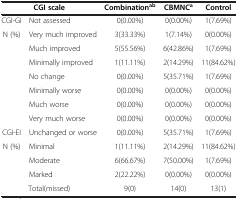
<table><thead><tr><td><b> </b></td><td><b> CGI scale</b></td><td><b>Combination<sup>ab</sup></b></td><td><b>CBMNC<sup>a</sup></b></td><td><b>Control</b></td></tr></thead><tbody><tr><td>CGI-GI</td><td>Not assessed</td><td>0(0.00%)</td><td>0(0.00%)</td><td>1(7.69%)</td></tr><tr><td rowspan="7">N (%)</td><td>Very much improved</td><td>3(33.33%)</td><td>1(7.14%)</td><td>0(0.00%)</td></tr><tr><td>Much improved</td><td>5(55.56%)</td><td>6(42.86%)</td><td>1(7.69%)</td></tr><tr><td>Minimally improved</td><td>1(11.11%)</td><td>2(14.29%)</td><td>11(84.62%)</td></tr><tr><td>No change</td><td>0(0.00%)</td><td>5(35.71%)</td><td>1(7.69%)</td></tr><tr><td>Minimally worse</td><td>0(0.00%)</td><td>0(0.00%)</td><td>0(0.00%)</td></tr><tr><td>Much worse</td><td>0(0.00%)</td><td>0(0.00%)</td><td>0(0.00%)</td></tr><tr><td>Very much worse</td><td>0(0.00%)</td><td>0(0.00%)</td><td>0(0.00%)</td></tr><tr><td>CGI-EI</td><td>Unchanged or worse</td><td>0(0.00%)</td><td>5(35.71%)</td><td>1(7.69%)</td></tr><tr><td rowspan="3">N (%)</td><td>Minimal</td><td>1(11.11%)</td><td>2(14.29%)</td><td>11(84.62%)</td></tr><tr><td>Moderate</td><td>6(66.67%)</td><td>7(50.00%)</td><td>1(7.69%)</td></tr><tr><td>Marked</td><td>2(22.22%)</td><td>0(0.00%)</td><td>0(0.00%)</td></tr><tr><td> </td><td>Total(missed)</td><td>9(0)</td><td>14(0)</td><td>13(1)</td></tr></tbody></table>